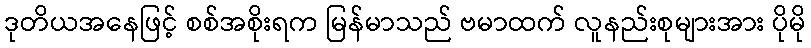
ဒုတိယအနေဖြင့် စစ်အစိုးရက မြန်မာသည် ဗမာထက် လူနည်းစုများအား ပိုမို